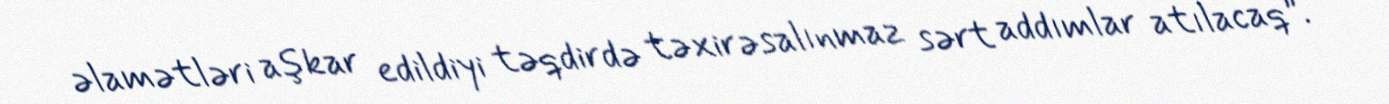
əlamətləri aşkar edildiyi təqdirdə təxirəsalınmaz sərt addımlar atılacaq”.